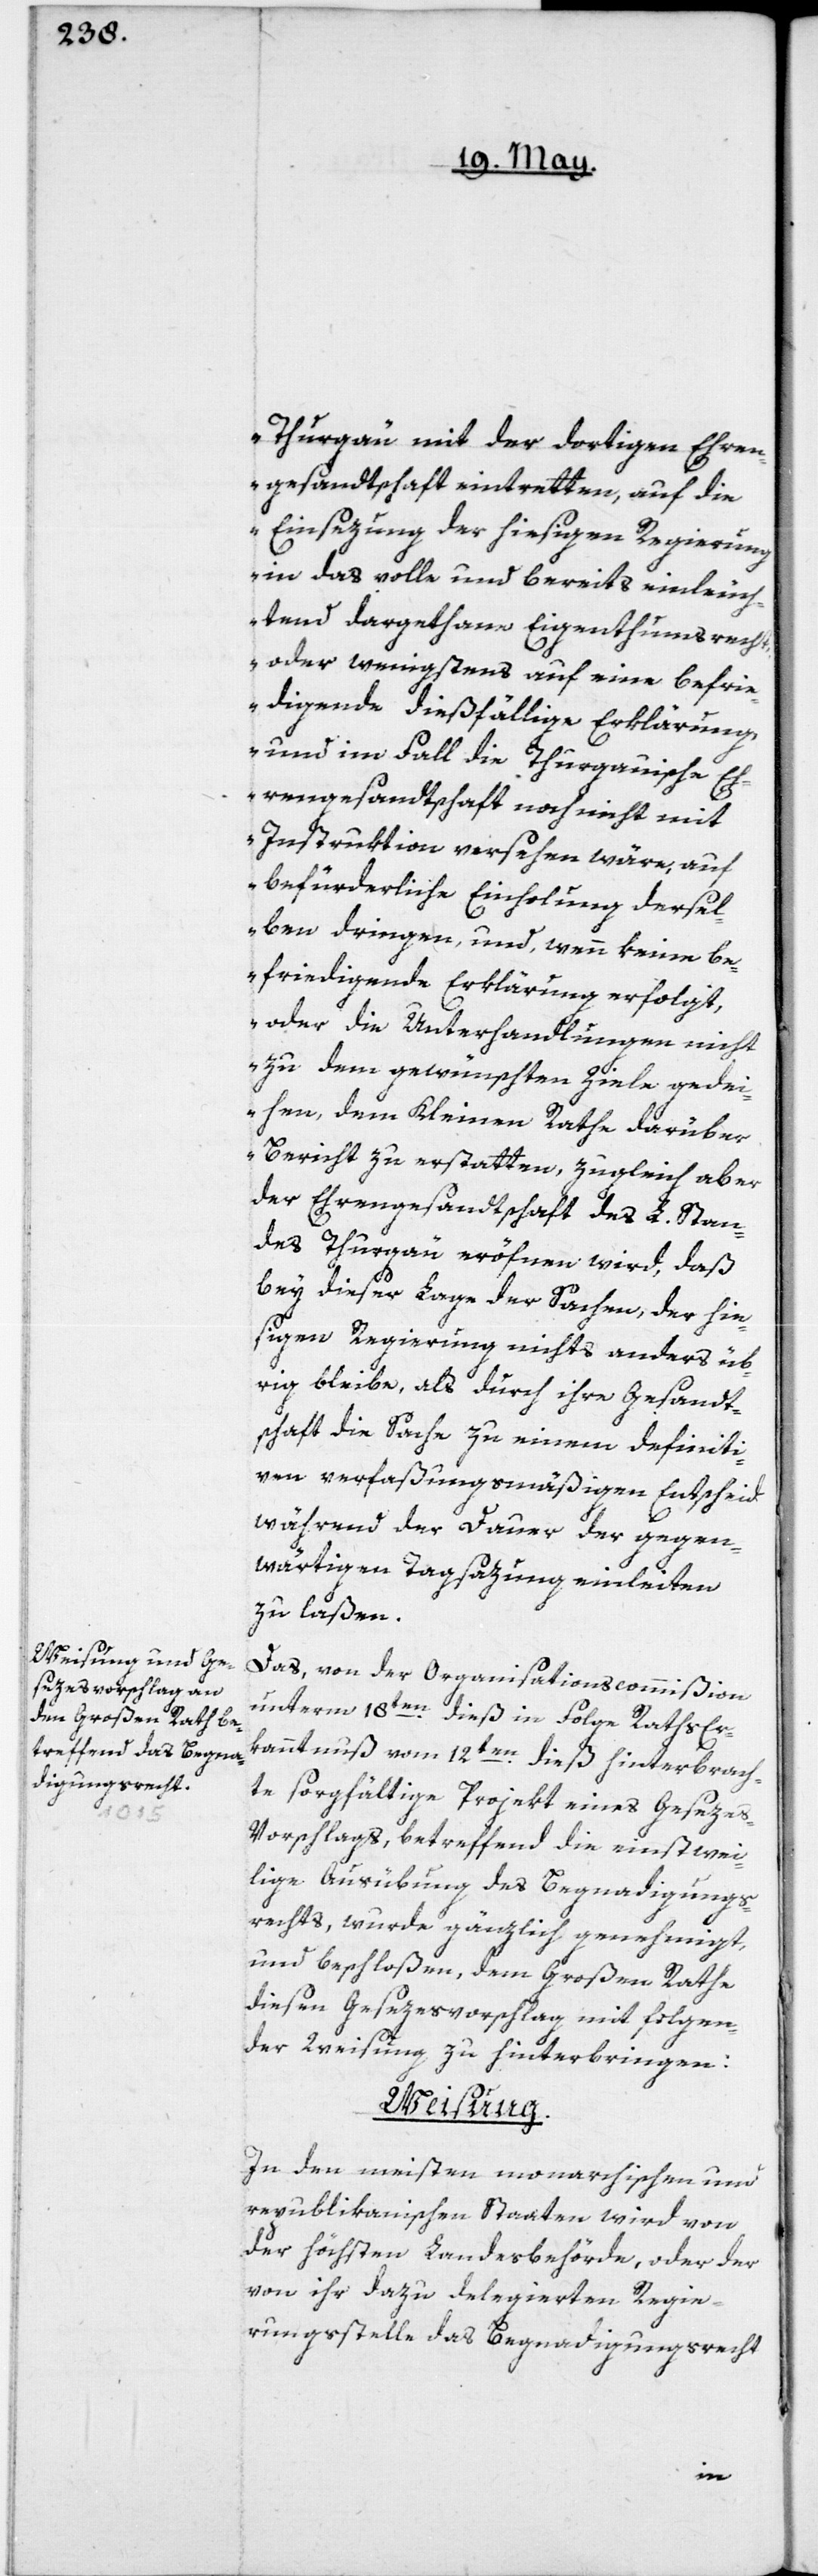
Thurgau mit der dortigen Ehren¬
gesandtschaft eintretten, auf die
Einsezung der hiesigen Regierung
in das volle und bereits einleuch¬
tend dargethane Eigenthumsrecht,
oder wenigstens auf eine befri¬
edigende dießfältige Erklärung,
und im Fall die Thurgauische Eh¬
rengesandtschaft noch nicht mit
Instruktion versehen wäre, auf
befürderliche Einholung dersel¬
ben dringen, und, wenn keine be¬
friedigende Erklärung erfolgt,
oder die Unterhandlungen nicht
zu dem gewünschten Ziele gedei¬
hen, dem Kleinen Rathe darüber
Bericht zu erstatten[“], zugleich aber
der Ehrengesandtschaft des L. Stan¬
des Thurgau eröfnen wird, daß
bey dieser Lage der Sachen der hie¬
sigen Regierung nichts anders üb¬
rig bleibe, als durch ihre Gesandt¬
schaft die Sache zu einem definiti¬
ven verfaßungsmäßigen Entscheid
während der Dauer der gegen¬
wärtigen Tagsazung einleiten
zu laßen.
Das, von der Organisationscommißion
unterm 18ten dieß in Folge Raths Er¬
kanntnuß vom 12ten dieß hinterbrach¬
te sorgfältige Projekt eines Geseze¬
s-Vorschlags, betreffend die einstwei¬
lige Ausübung des Begnadigungs¬
rechts, wurde gänzlich genehmigt,
und beschloßen, dem Großen Rathe
diesen Gesezesvorschlag mit folgen¬
der Weisung zu hinterbringen:
Weisung.
In den meisten monarchischen und
republikanischen Staaten wird von
der höchsten Landesbehörde, oder der
von ihr dazu delegierten Regie¬
rungsstelle das Begnadigungsrecht